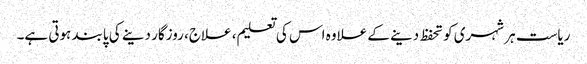
ریاست ہر شہری کو تحفظ دینے کے علاوہ اس کی تعلیم، علاج، روزگار دینے کی پابند ہوتی ہے۔